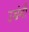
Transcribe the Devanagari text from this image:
उच्चंगी